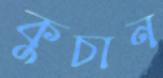
কুচান